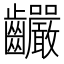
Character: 䶫